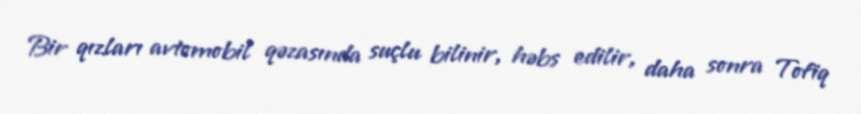
Bir qızları avtomobil qəzasında suçlu bilinir, həbs edilir, daha sonra Tofiq